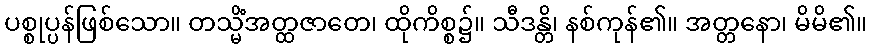
ပစ္စုပ္ပန်ဖြစ်သော။ တသ္မိံအတ္ထဇာတေ၊ ထိုကိစ္စ၌။ သီဒန္တိ၊ နစ်ကုန်၏။ အတ္တနော၊ မိမိ၏။